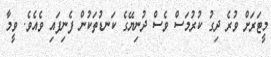
މީޓަރަށް ވުރެ ދިގު ކުރުމަސް ވެސް ދުނިޔޭގެ ކަނޑުތަކުން ފެނިފައި ވެއެވެ. ވީމާ